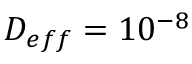
D _ { e f f } = 1 0 ^ { - 8 }